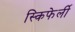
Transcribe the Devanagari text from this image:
स्किफेर्ली